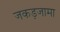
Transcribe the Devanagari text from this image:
जकड़जामा